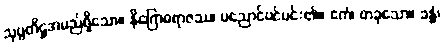
သုပ္ပတိဋ္ဌအမည်ရှိသော။ နိဂြောဓရာဇဿ၊ ပညောင်ပင်မင်း၏။ ဧကံ၊ တခုသော။ ခန္ဓံ၊